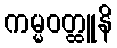
ကမ္မဝတ္ထူနိ